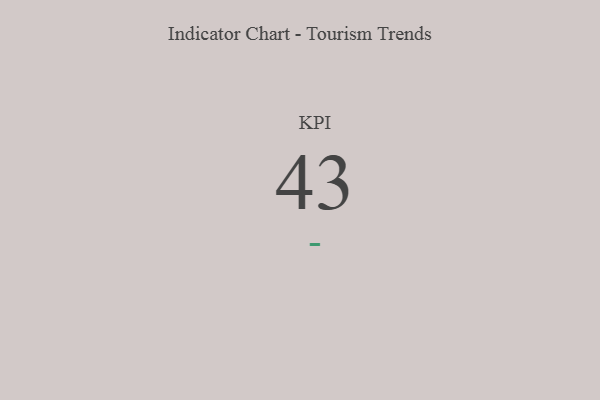
{"axis": {"x": "KPI", "y": "Value"}, "legend": [""], "data": [{"x": "KPI", "y": 43, "type": ""}]}